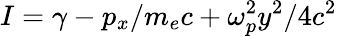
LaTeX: I=\gamma-p_{x}/m_{e}c+\omega_{p}^{2}y^{2}/4c^{2}